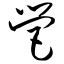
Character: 营